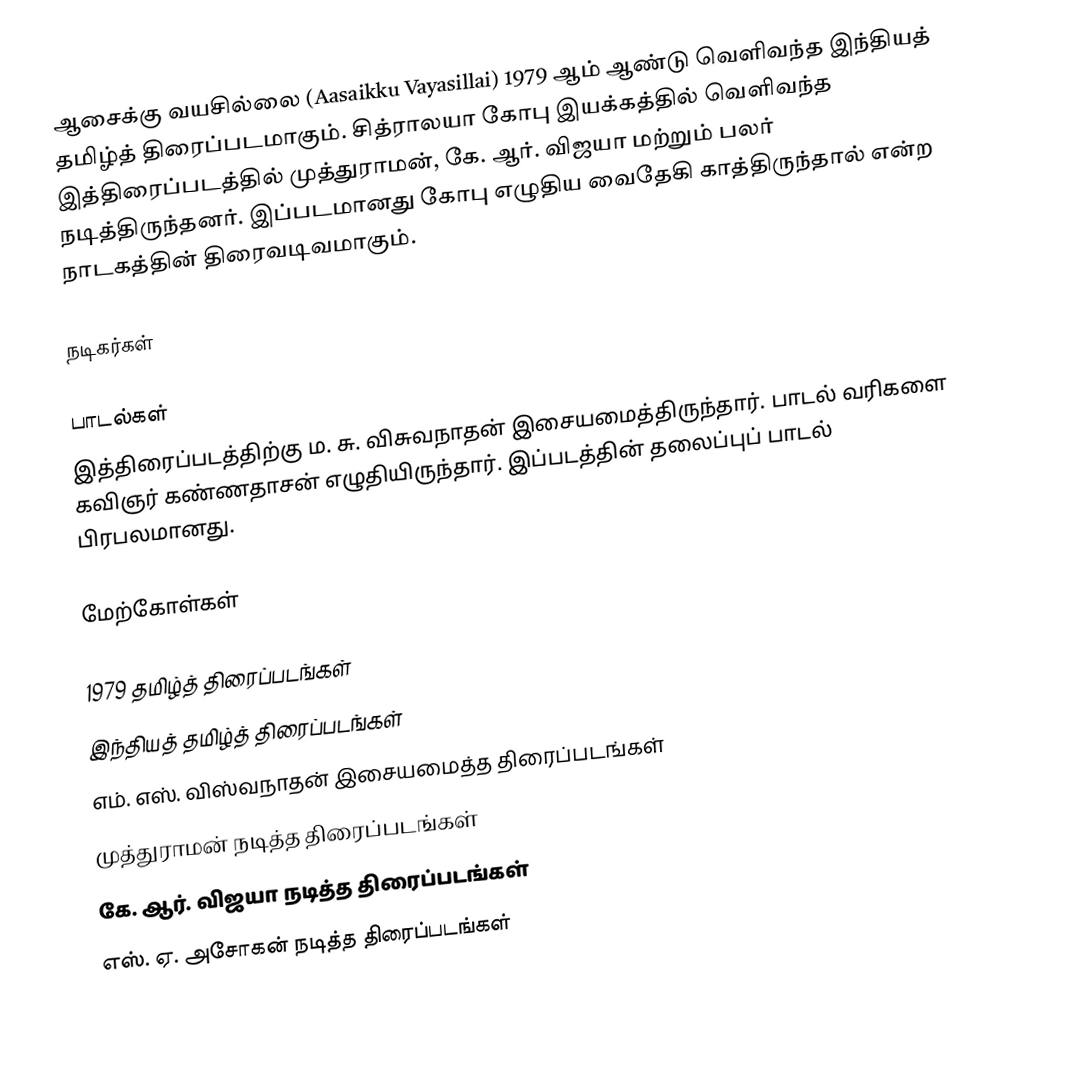
ஆசைக்கு வயசில்லை (Aasaikku Vayasillai) 1979 ஆம் ஆண்டு வெளிவந்த இந்தியத் தமிழ்த் திரைப்படமாகும். சித்ராலயா கோபு இயக்கத்தில் வெளிவந்த இத்திரைப்படத்தில் முத்துராமன், கே. ஆர். விஜயா மற்றும் பலர் நடித்திருந்தனர். இப்படமானது கோபு எழுதிய வைதேகி காத்திருந்தால் என்ற நாடகத்தின் திரைவடிவமாகும்.

நடிகர்கள்

பாடல்கள்
இத்திரைப்படத்திற்கு ம. சு. விசுவநாதன் இசையமைத்திருந்தார். பாடல் வரிகளை கவிஞர் கண்ணதாசன் எழுதியிருந்தார். இப்படத்தின் தலைப்புப் பாடல் பிரபலமானது.

மேற்கோள்கள்

1979 தமிழ்த் திரைப்படங்கள்
இந்தியத் தமிழ்த் திரைப்படங்கள்
எம். எஸ். விஸ்வநாதன் இசையமைத்த திரைப்படங்கள்
முத்துராமன் நடித்த திரைப்படங்கள்
கே. ஆர். விஜயா நடித்த திரைப்படங்கள்
எஸ். ஏ. அசோகன் நடித்த திரைப்படங்கள்